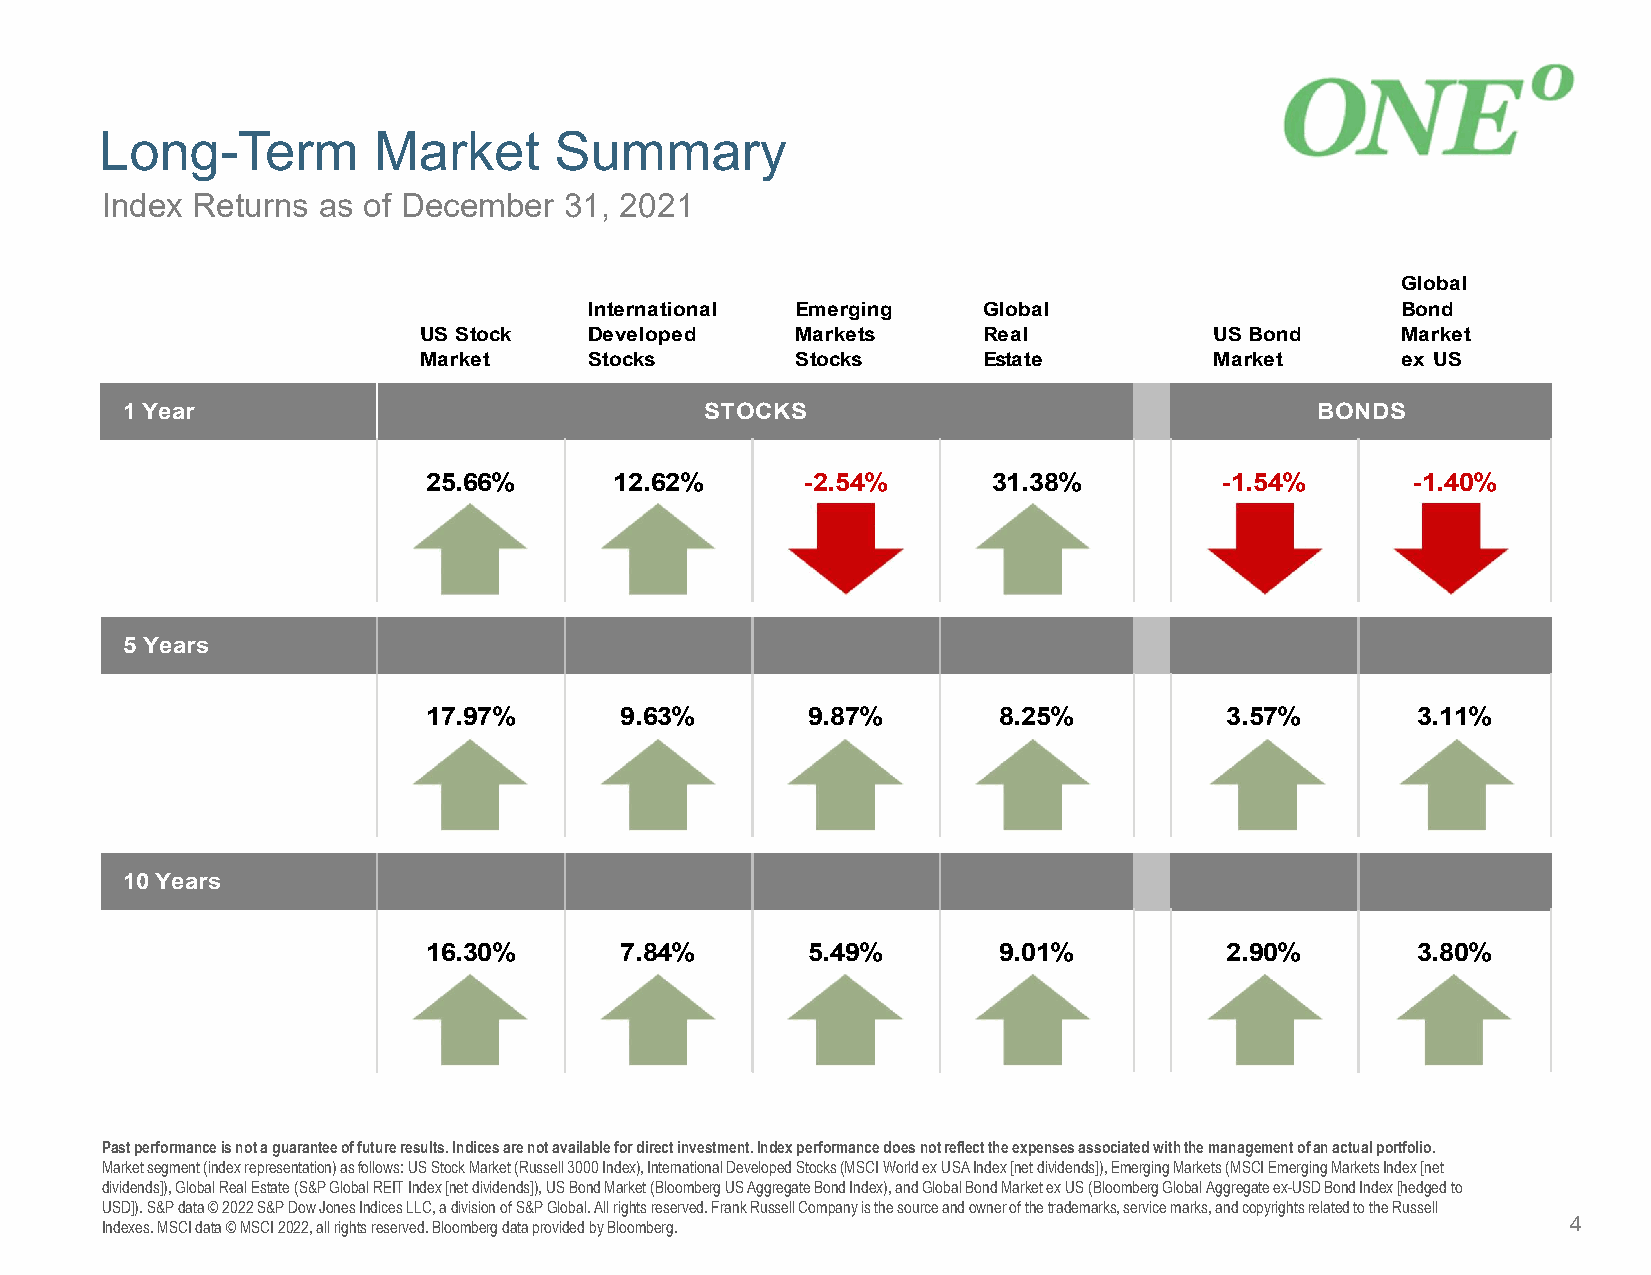
Long-Term         Market      Summary
 Index Returns as of December  31, 2021
 Global
 International Emerging    Global                      Bond
 US Stock   Developed     Markets     Real           US Bond      Market
 Market     Stocks        Stocks      Estate         Market       ex US
 1 Year                                 STOCKS                                  BONDS
 25.66%       12.62%      -2.54%       31.38%         -1.54%      -1.40%
 5 Years
 17.97%       9.63%       9.87%        8.25%          3.57%        3.11%
 10 Years
 16.30%       7.84%       5.49%        9.01%          2.90%        3.80%
 Past performance is not a guarantee of future results. Indices are not available for direct investment. Index performance does not reflect the expenses associated with the management of an actual portfolio.
 Market segment (index representation) as follows: US Stock Market (Russell 3000 Index), International Developed Stocks (MSCI World ex USA Index [net dividends]), Emerging Markets (MSCI Emerging Markets Index [net
 dividends]), Global Real Estate (S&P Global REIT Index [net dividends]), US Bond Market (Bloomberg US Aggregate Bond Index), andGlobal Bond Market ex US (Bloomberg Global Aggregate ex-USD Bond Index [hedged to
 USD]). S&P data © 2022 S&P Dow Jones Indices LLC, a division of S&P Global. All rights reserved. Frank Russell Company is thesource and owner of the trademarks, service marks, and copyrights related to the Russell
 Indexes. MSCI data © MSCI 2022, all rights reserved. Bloomberg data provided by Bloomberg.       4